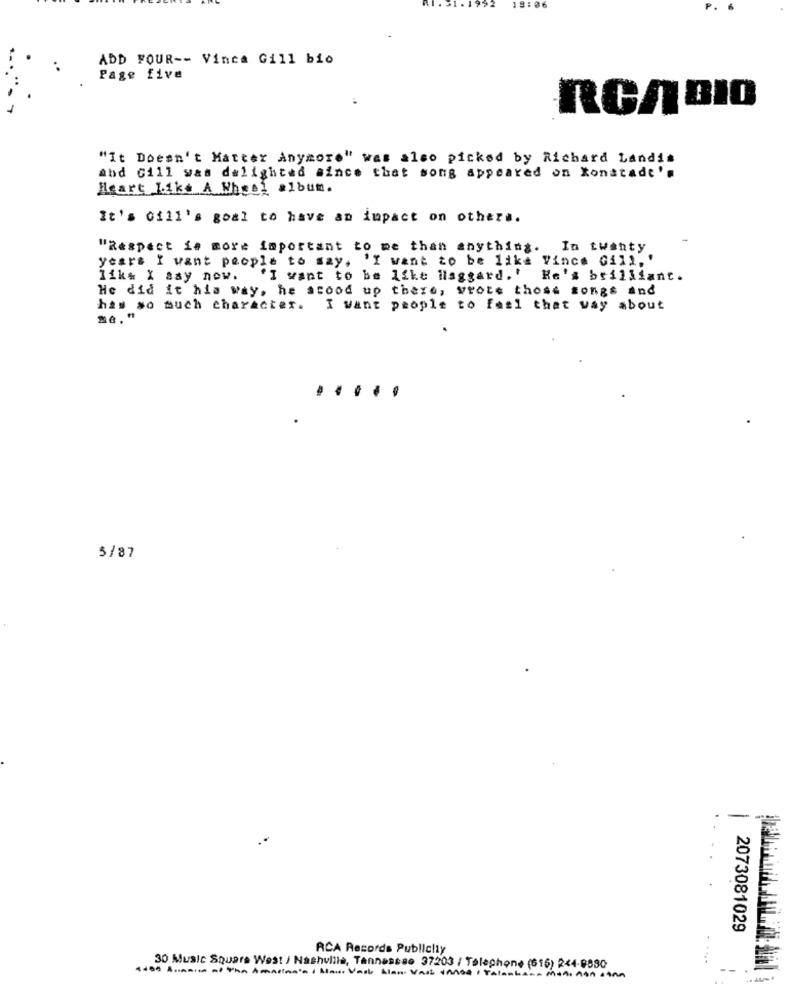
ADD FOUR -- Vince Gill bio
Page five
RCABIO
"It Doesn't Matter Anymore" was also picked by Richard Landis
abd Gill was delighted since that song appeared on Konatade'
Heart Like A Whesi album.
It's Gill's goal to have an impact on others.
"Respect is more important to me than anything. In twanty
years I want people to say, 'I want to be like Vince Gill, '
11ks X say now.
"I want to be like ilaggard. ' He's brilliant.
He did it his way, he stood up there, wrote those songs and
has so much character. I want people to feel that way about
.....
5/87
2073081029
RCA Records Publicity
30 Music Square West / Nashville, Tennessee 37203 / Telephone (616) 244-9880
--
..